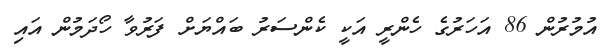
އުމުރުން 86 އަހަރުގެ ހެންރީ އަކީ ކެންސަރު ބައްޔަށް ފަރުވާ ހޯދަމުން އައި